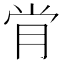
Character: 𫆙